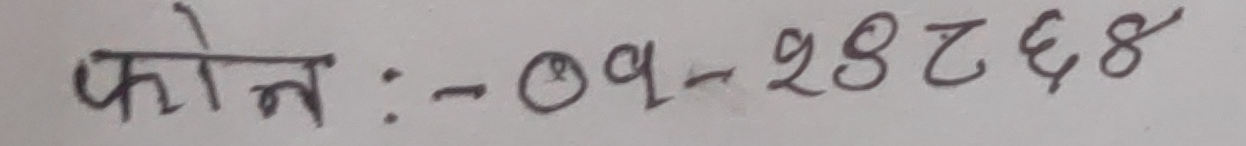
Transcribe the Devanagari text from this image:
फोन :- ०१-२४८६४